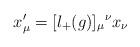
LaTeX: \begin{align*}x'_{\mu} = [l_{+}(g)]_{\mu}{}^{\nu} x_{\nu}\end{align*}